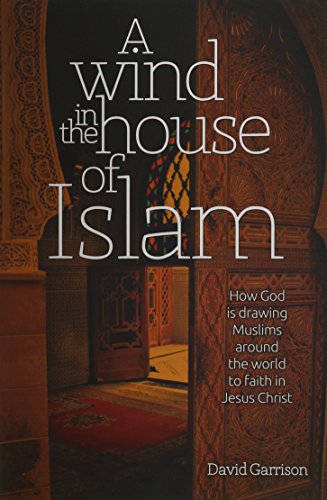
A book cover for A Wind In The House Of Islam: How God Is Drawing Muslims Around The World To Faith In Jesus Christ; David Garrison; Christian Books & Bibles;